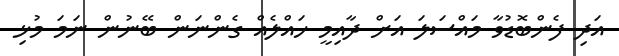
އަދި ފެންބޮޑުވާ މައްސަލަ އަށް ދާއިމީ ހައްލެއް ގެންނަން ބޭނުން ނަމަ މުޅި